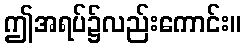
ဤအရပ်၌လည်းကောင်း။